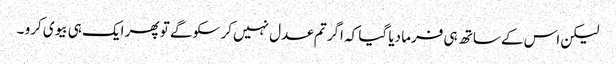
لیکن اس کے ساتھ ہی فرما دیا گیا کہ اگر تم عدل نہیں کر سکو گے تو پھر ایک ہی بیوی کرو ۔